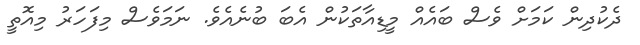
ދެކުދިން ކަމަށް ވެސް ބައެއް މީޑިއާތަކުން އެބަ ބުނެއެވެ. ނަމަވެސް މިފަހަރު މިއޮތީ